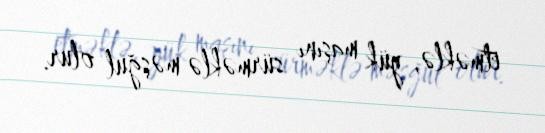
etməklə, yük maşını sürməklə məşğul olur.